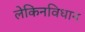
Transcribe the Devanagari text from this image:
लेकिनविधान